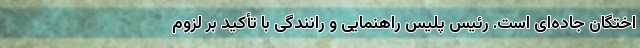
اختگان جاده‌ای است. رئیس پلیس راهنمایی و رانندگی با تأکید بر لزوم